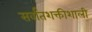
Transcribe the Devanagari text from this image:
सर्वांतशक्तीशाली